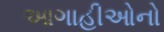
આગાહીઓનો